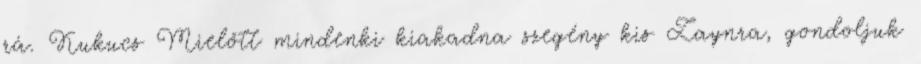
rá. Kukucs Mielőtt mindenki kiakadna szegény kis Zaynra, gondoljuk